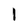
Character: 1